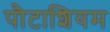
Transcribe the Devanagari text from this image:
पौटाशियम